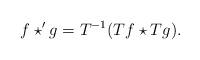
LaTeX: \begin{align*} f \star' g = T^{-1}(Tf \star Tg).\end{align*}